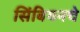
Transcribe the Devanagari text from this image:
सिंबियनचे